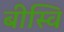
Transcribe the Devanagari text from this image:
बीस्वि